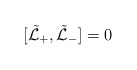
\begin{align*}[\tilde {\cal L}_+, \tilde {\cal L}_-]=0\end{align*}